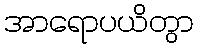
အာရောပယိတွာ